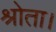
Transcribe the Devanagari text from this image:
श्रोता।